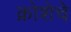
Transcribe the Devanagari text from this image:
क्रोशेचे